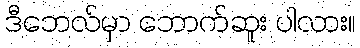
ဒီဘေလ်မှာ ဘောက်ဆူး ပါလား။